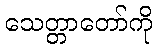
သေတ္တာတော်ကို